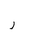
Letter: _ra